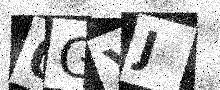
Text: 0GYJ